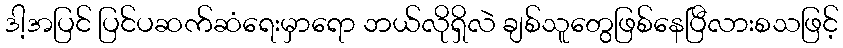
ဒါ့အပြင် ပြင်ပဆက်ဆံရေးမှာရော ဘယ်လိုရှိလဲ ချစ်သူတွေဖြစ်နေပြီလားစသဖြင့်